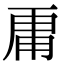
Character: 𮓞